Annual administration report of the Civil Veterinary Department of India - 1893-1894
Year: 1893
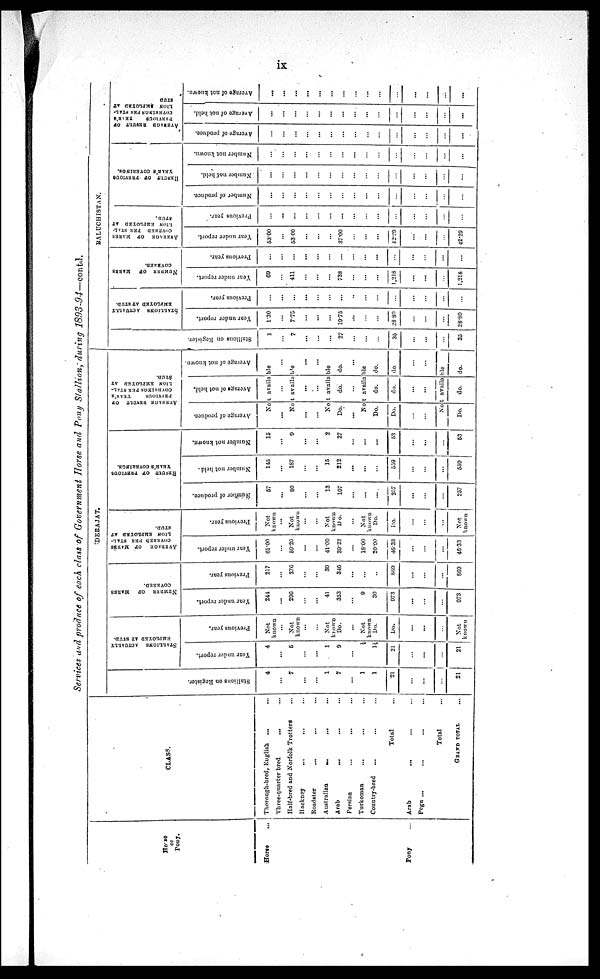
ix
Services and produce of each class of Government Horse and Pony Stallion, during 1893-94—contd.
Horse
or
Pony.
Horse ...
Pony ...
CLASS.
Thorough-bred, English
... ...
Three-quarter bred
... ...
Half-bred and Norfolk Trotters ...
Hackney
...
...
...
Roadster
... ... ...
Australian
...
...
...
Arab
... ... ...
Persian
...
... ...
Turkoman ... ... ...
Country-bred ... ... ...
Total ...
Arab
... ... ...
Pegu ... ... ... ...
Total ...
GRAND TOTAL ...
DERJAT.
Stallions on Register.
4
...
7
...
...
1
7
...
1
1
21
...
...
...
21
STALLIONS ACTUALLY
EMPLOYED AT STUD.
Year under report.
4
...
5
...
...
1
9
...
1/8
1½
21
...
...
...
21
Previous year.
Not
known
...
Not
known
...
...
Not
known
Do.
...
Not
known
Do.
Do.
...
...
...
Not
known
NUMBER
OF
MARES
COVERED.
Year under report.
244
...
296
...
...
41
353
...
9
30
973
...
...
...
973
Previous year.
217
...
276
...
...
30
346
...
...
...
869
...
...
...
869
AVERAGE
OF MARES
COVERED PER STAL-
LION EMPLOYED AT
STUD.
Year under report.
61.00
...
59.20
...
...
41.00
39.22
...
18.00
20.00
46.33
...
...
...
46.33
Previous year.
Not
known
...
Not
known
...
...
Not
known
Do.
...
Not
known
Do.
Do.
...
...
...
Not
known
RESULT
OF PREVIOUS
YEAR'S COVERINGS.
Number of produce.
57
...
80
...
...
13
107
...
...
...
257
...
...
...
257
Number not held.
145
...
187
...
...
15
212
...
...
...
559
...
...
...
559
Number not known.
15
...
9
...
...
2
27
...
...
...
53
...
...
...
53
AVERAGE RESULT OF
PREVIOUS
YEAR'S
COVERINGS PER STAL-
----
EMPLOYED
AT
STUD.
Average of produce.
Average of not hold.
Average of not known.
Not available
... ...
...
Not available
...
...
...
...
...
...
Not available
Do.
...
do.
...
do.
...
Not available
Do.
Do.
...
...
do.
do.
...
...
do.
do.
...
...
Not available
Do.
do.
do.
BALUCHISTAN.
Stallions on Register.
1
...
7
...
...
...
27
...
...
...
35
...
...
...
35
STALLIONS ACTUALLY
EMPLOYED AT STUD.
Year under roport.
1.30
...
7.75
...
...
...
19.75
...
...
...
28.80
...
...
...
28.80
Previous year.
...
...
...
...
...
...
...
...
...
...
...
...
...
...
...
COVERED.
Year under report.
69
...
411
...
...
...
738
...
...
...
1,218
...
...
...
1,218
Previous year.
...
...
...
...
...
...
...
...
...
...
...
...
...
...
...
AVERAGE OF MARES
COVERED PER STAL-
---- EMPLOYED AT
STUD.
Year under report.
53.00
...
53.00
...
...
...
37.00
...
...
...
42.29
...
...
...
42.29
Previous year.
...
...
...
...
...
...
...
...
...
...
...
...
...
...
...
RESULT OF PREVIOUS
YEAR'S COVERINGS.
Number of produce.
...
...
...
...
...
...
...
...
...
...
...
...
...
...
...
Number not held.
...
...
...
...
...
...
...
...
...
...
...
...
...
...
...
Number not known.
...
...
...
...
...
...
...
...
...
...
...
...
...
...
...
AVERAGE RESULT OF
COVERINGS PER STAL-
LION EMPLOYED AT
Average of produce.
...
...
...
...
...
...
...
...
...
...
...
...
...
...
...
Average of not held.
...
...
...
...
...
...
...
...
...
...
...
...
...
...
...
Average of not known,
...
...
...
...
...
...
...
...
...
...
...
...
...
...
...